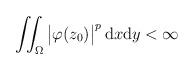
LaTeX: \begin{align*} \iint_\Omega \begin{vmatrix} \varphi(z_{0}) \end{vmatrix}^p \mathrm{d}x\mathrm{d}y <\infty\end{align*}